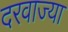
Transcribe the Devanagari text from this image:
दरवाज्या